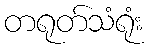
တရုတ်သံရုံး